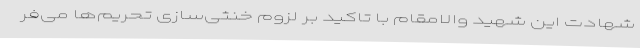
شهادت این شهید والامقام با تاکید بر لزوم خنثی‌سازی تحریم‌ها می‌فر